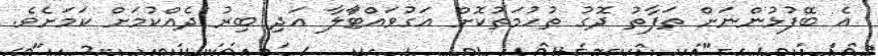
އެ ބޭފުޅުންނަށް ތަފާތު ދޮގު ތުހުމަތުކޮށް އަގުވައްޓާަލާ އަދި ބިރު ދެއްކުމަށް ކަމަށެވެ.